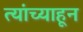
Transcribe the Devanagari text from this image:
त्यांच्याहून